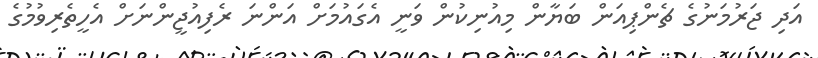
އަދި ޖަރުމަނުގެ ޗެންޕިއަން ބަޔާން މިއުނިކުން ވަނީ އެގައުމަށް އަންނަ ރެފިއުޖީންނަށް އެހީތެރިވުމުގެ